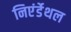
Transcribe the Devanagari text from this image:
निएंर्डेथल